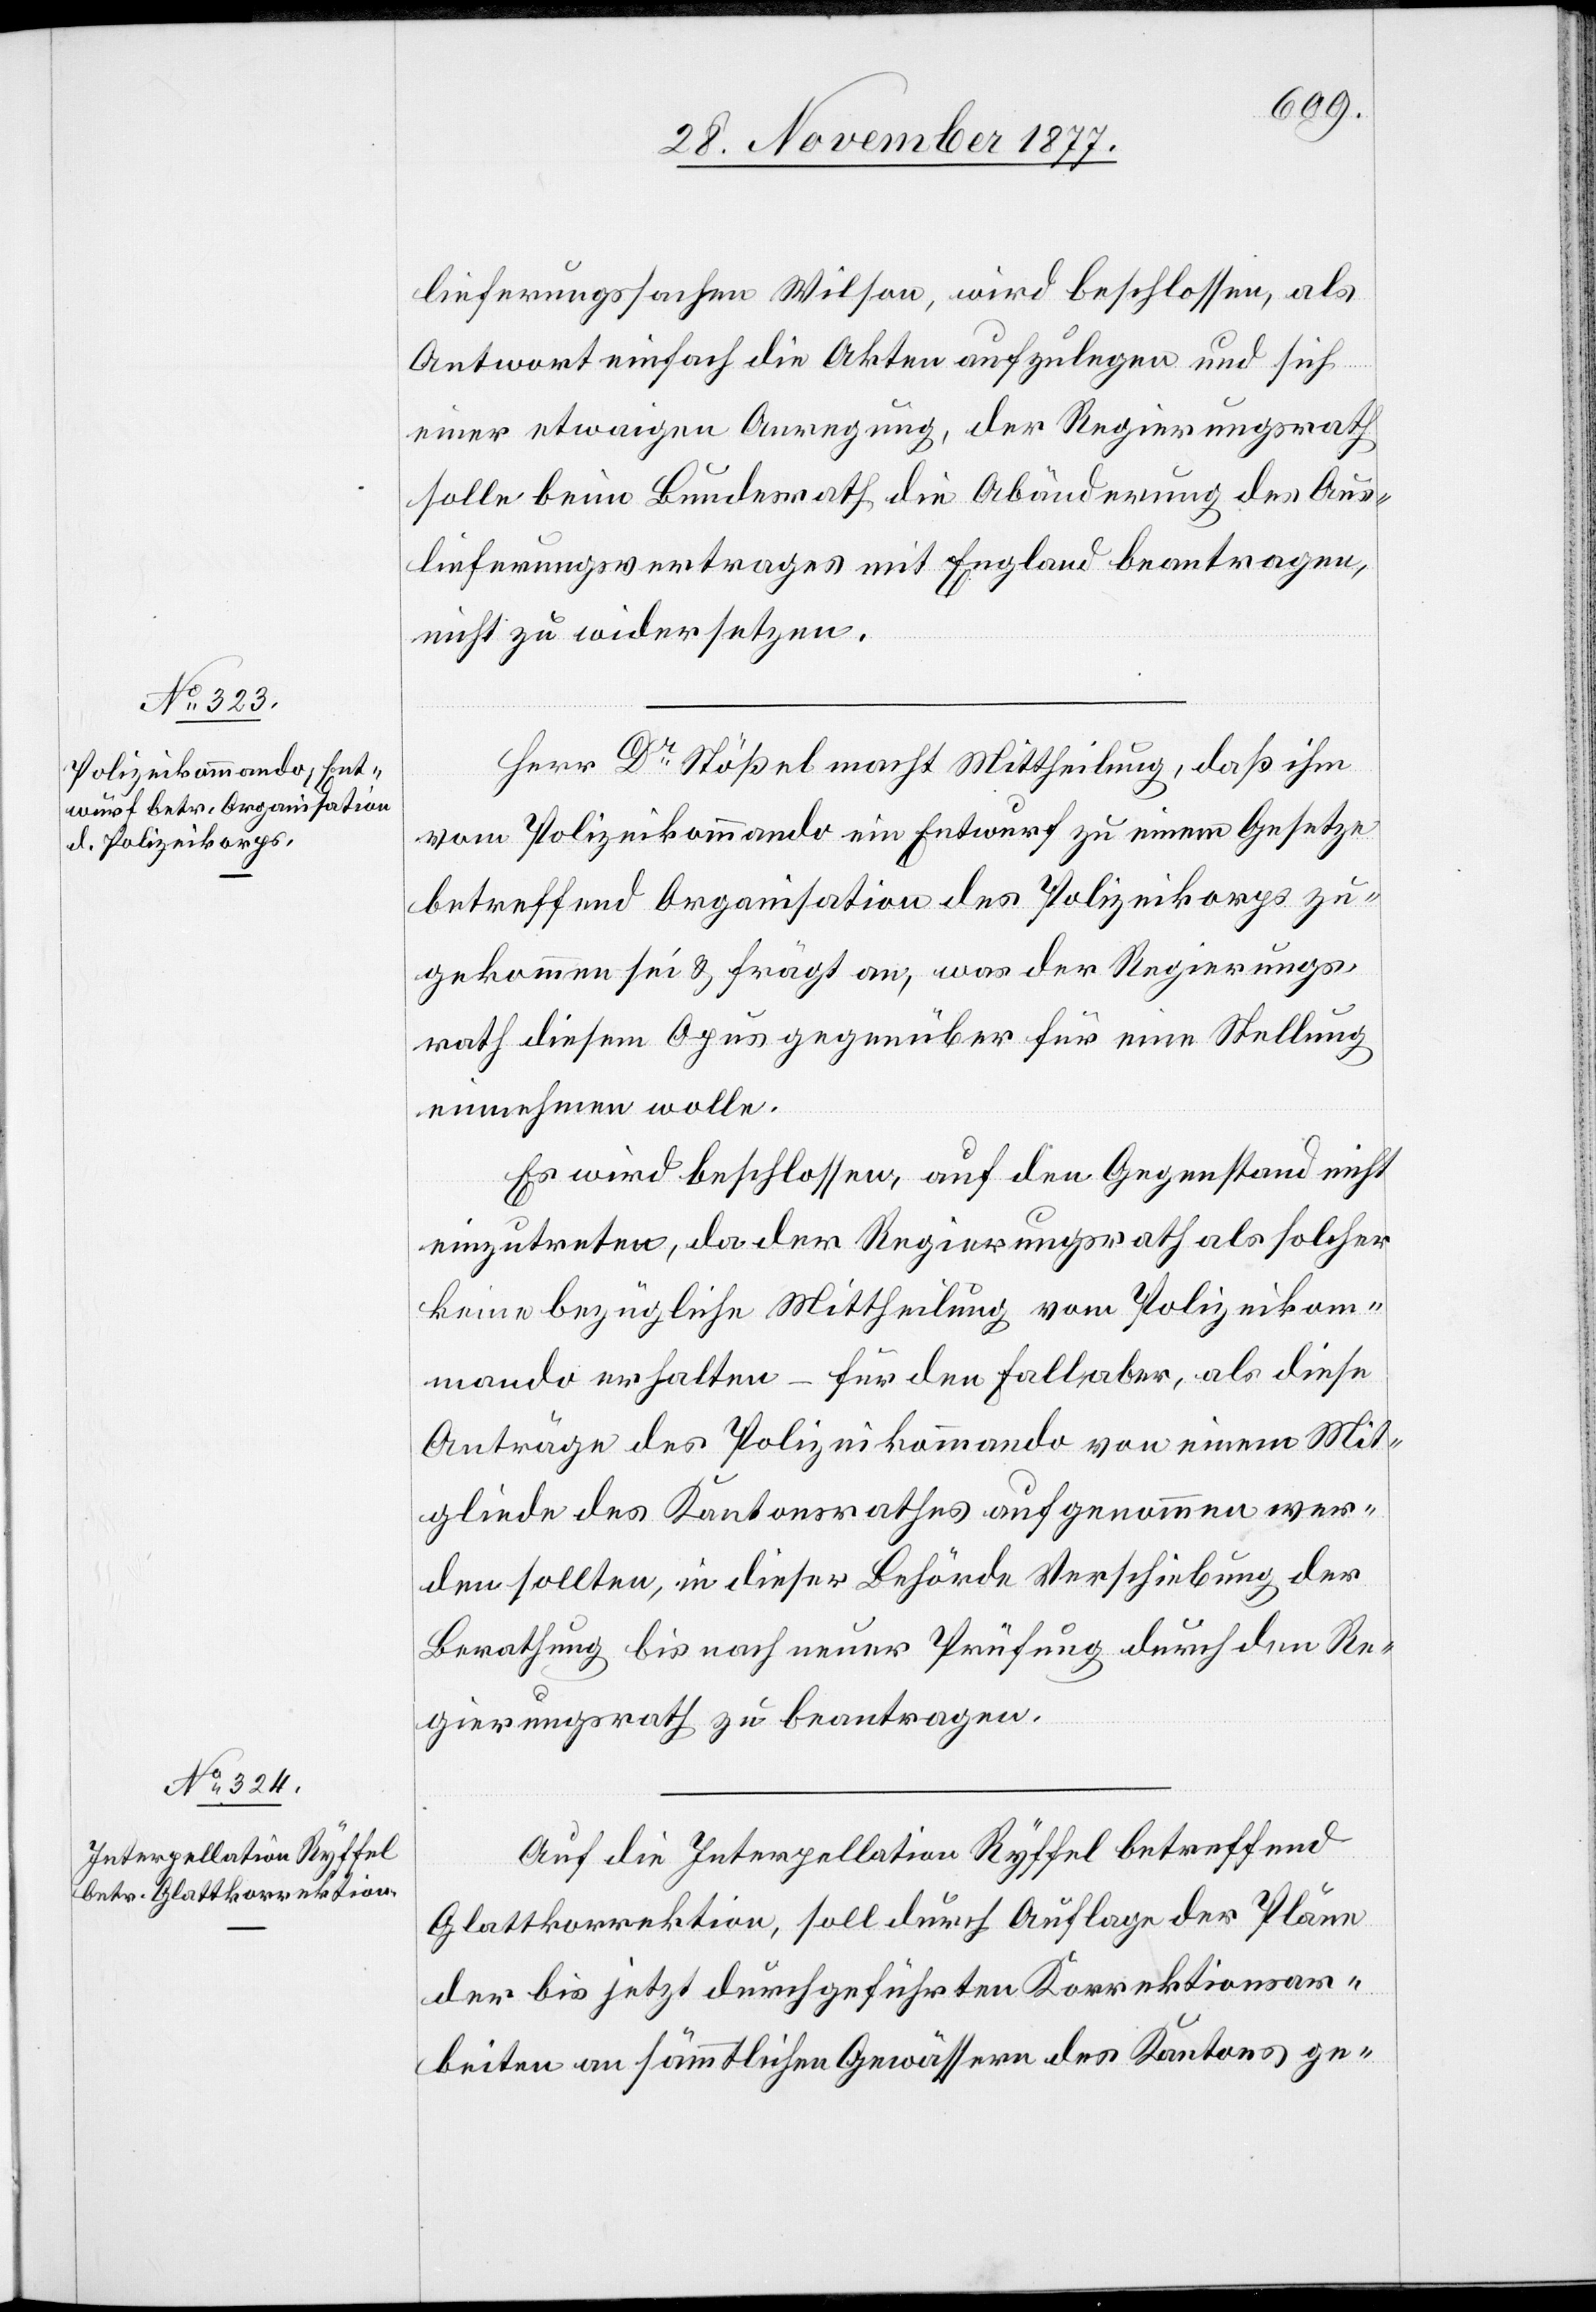
lieferungssachen Wilson, wird beschlossen, als
Antwort einfach die Akten aufzulegen und sich
einer etwaigen Anregung, der Regierungsrath
solle beim Bundesrath die Abänderung des Aus¬
lieferungsvertrages mit England beantragen,
nicht zu widersetzen.
Herr Dr Stößel macht Mittheilung, daß ihm
vom Polizeikommando ein Entwurf zu einem Gesetze
betreffend Organisation des Polizeikorps zu¬
gekommen sei & frägt an, was der Regierungs¬
rath diesem Opus gegenüber für eine Stellung
einnehmen wolle.
Es wird beschlossen, auf den Gegenstand nicht
einzutreten, da der Regierungsrath als solcher
keine bezügliche Mittheilung vom Polizeikom¬
mando erhalten – für den Fall aber, als diese
Anträge des Polizeikommando von einem Mit¬
gliede des Kantonsrathes aufgenommen wer¬
den sollten, in dieser Behörde Verschiebung der
Berathung bis nach neuer Prüfung durch den Re¬
gierungsrath zu beantragen.
Auf die Interpellation Ryffel betreffend
Glattkorrektion, soll durch Auflage der Pläne
der bis jetzt durchgeführten Korrektionsar¬
beiten an sämmtlichen Gewässern des Kantons ge-